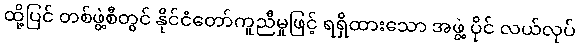
ထို့ပြင် တစ်ဖွဲ့စီတွင် နိုင်ငံတော်ကူညီမှုဖြင့် ရရှိထားသော အဖွဲ့ ပိုင် လယ်လုပ်